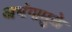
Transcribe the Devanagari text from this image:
अभंगामुळे